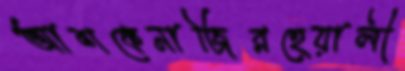
আশকেনাজিরহেয়ালী